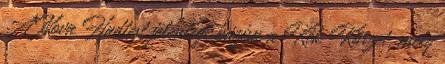
A Nova Hadtest jelenlegi bázisa a Kék Körzet, mely